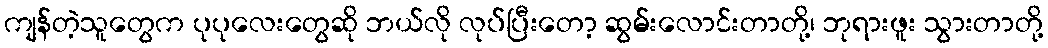
ကျန်တဲ့သူတွေက ပုပုလေးတွေဆို ဘယ်လို လုပ်ပြီးတော့ ဆွမ်းလောင်းတာတို့၊ ဘုရားဖူး သွားတာတို့